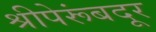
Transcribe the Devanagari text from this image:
श्रीपेरूंबदूर